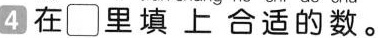
④在 \Box 里填上合适的数。